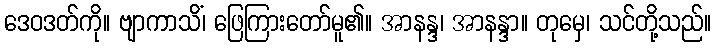
ဒေဝဒတ်ကို။ ဗျာကာသိံ၊ ဖြေကြားတော်မူ၏။ အာနန္ဒ၊ အာနန္ဒာ။ တုမှေ၊ သင်တို့သည်။